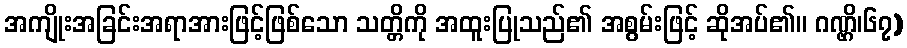
အကျိုးအခြင်းအရာအားဖြင့်ဖြစ်သော သတ္တိကို အထူးပြုသည်၏ အစွမ်းဖြင့် ဆိုအပ်၏။ ဂဏ္ဌိ၊၆၇)